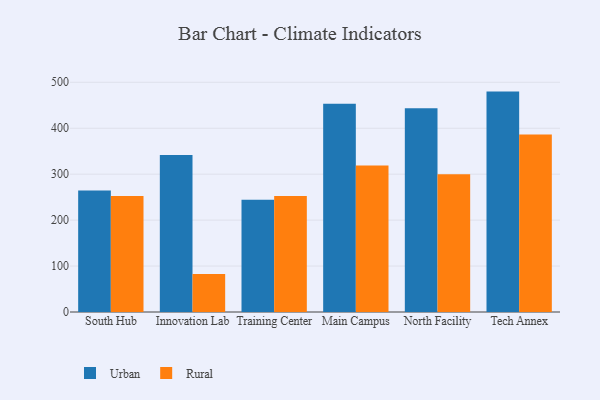
{"axis": {"x": "Campus", "y": "Gross Profit (USD K)"}, "legend": ["Rural", "Urban"], "data": [{"x": "South Hub", "y": 264.2, "type": "Urban"}, {"x": "South Hub", "y": 252.5, "type": "Rural"}, {"x": "Innovation Lab", "y": 341.8, "type": "Urban"}, {"x": "Innovation Lab", "y": 82.8, "type": "Rural"}, {"x": "Training Center", "y": 244.3, "type": "Urban"}, {"x": "Training Center", "y": 252.5, "type": "Rural"}, {"x": "Main Campus", "y": 453.1, "type": "Urban"}, {"x": "Main Campus", "y": 318.9, "type": "Rural"}, {"x": "North Facility", "y": 443.2, "type": "Urban"}, {"x": "North Facility", "y": 299.9, "type": "Rural"}, {"x": "Tech Annex", "y": 479.7, "type": "Urban"}, {"x": "Tech Annex", "y": 386.1, "type": "Rural"}]}